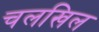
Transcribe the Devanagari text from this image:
चलखिल